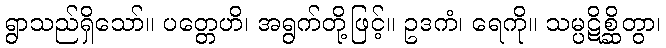
ရွာသည်ရှိသော်။ ပတ္တေဟိ၊ အရွက်တို့ဖြင့်။ ဥဒကံ၊ ရေကို။ သမ္ပဋိစ္ဆိတွာ၊